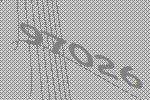
97026